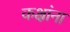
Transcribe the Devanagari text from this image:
कक्षांना